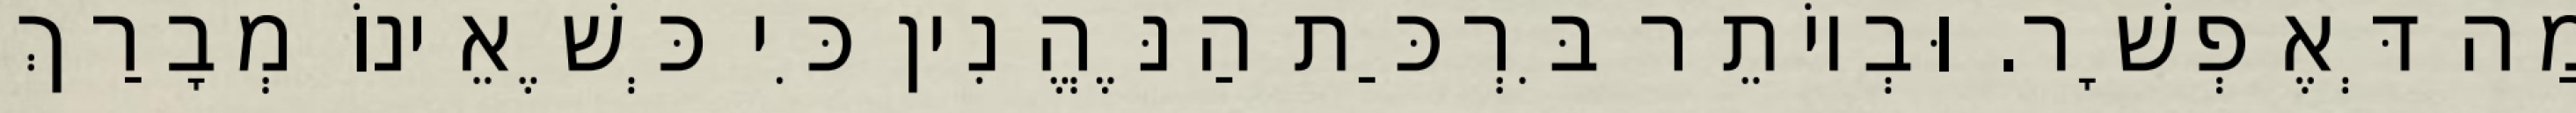
מַה דְּאֶפְשָׁר. וּבְיוֹתֵר בִּרְכַּת הַנֶּהֱנִין כִּי כְּשֶׁאֵינוֹ מְבָרַךְ